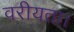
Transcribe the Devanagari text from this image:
वरीयता।